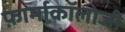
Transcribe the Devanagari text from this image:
फ़ार्माकॉलोजी